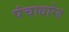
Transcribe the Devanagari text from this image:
पंचाधारेत